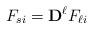
LaTeX: \begin{align*}F_{si}= \mathbf{D}^{\ell} F_{\ell i} \end{align*}